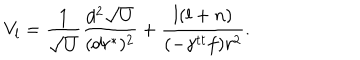
V _ { l } = { \frac { 1 } { \sqrt { U } } } { \frac { d ^ { 2 } \sqrt { U } } { ( d r ^ { * } ) ^ { 2 } } } + { \frac { l ( l + n ) } { ( - \gamma ^ { t t } f ) r ^ { 2 } } } .